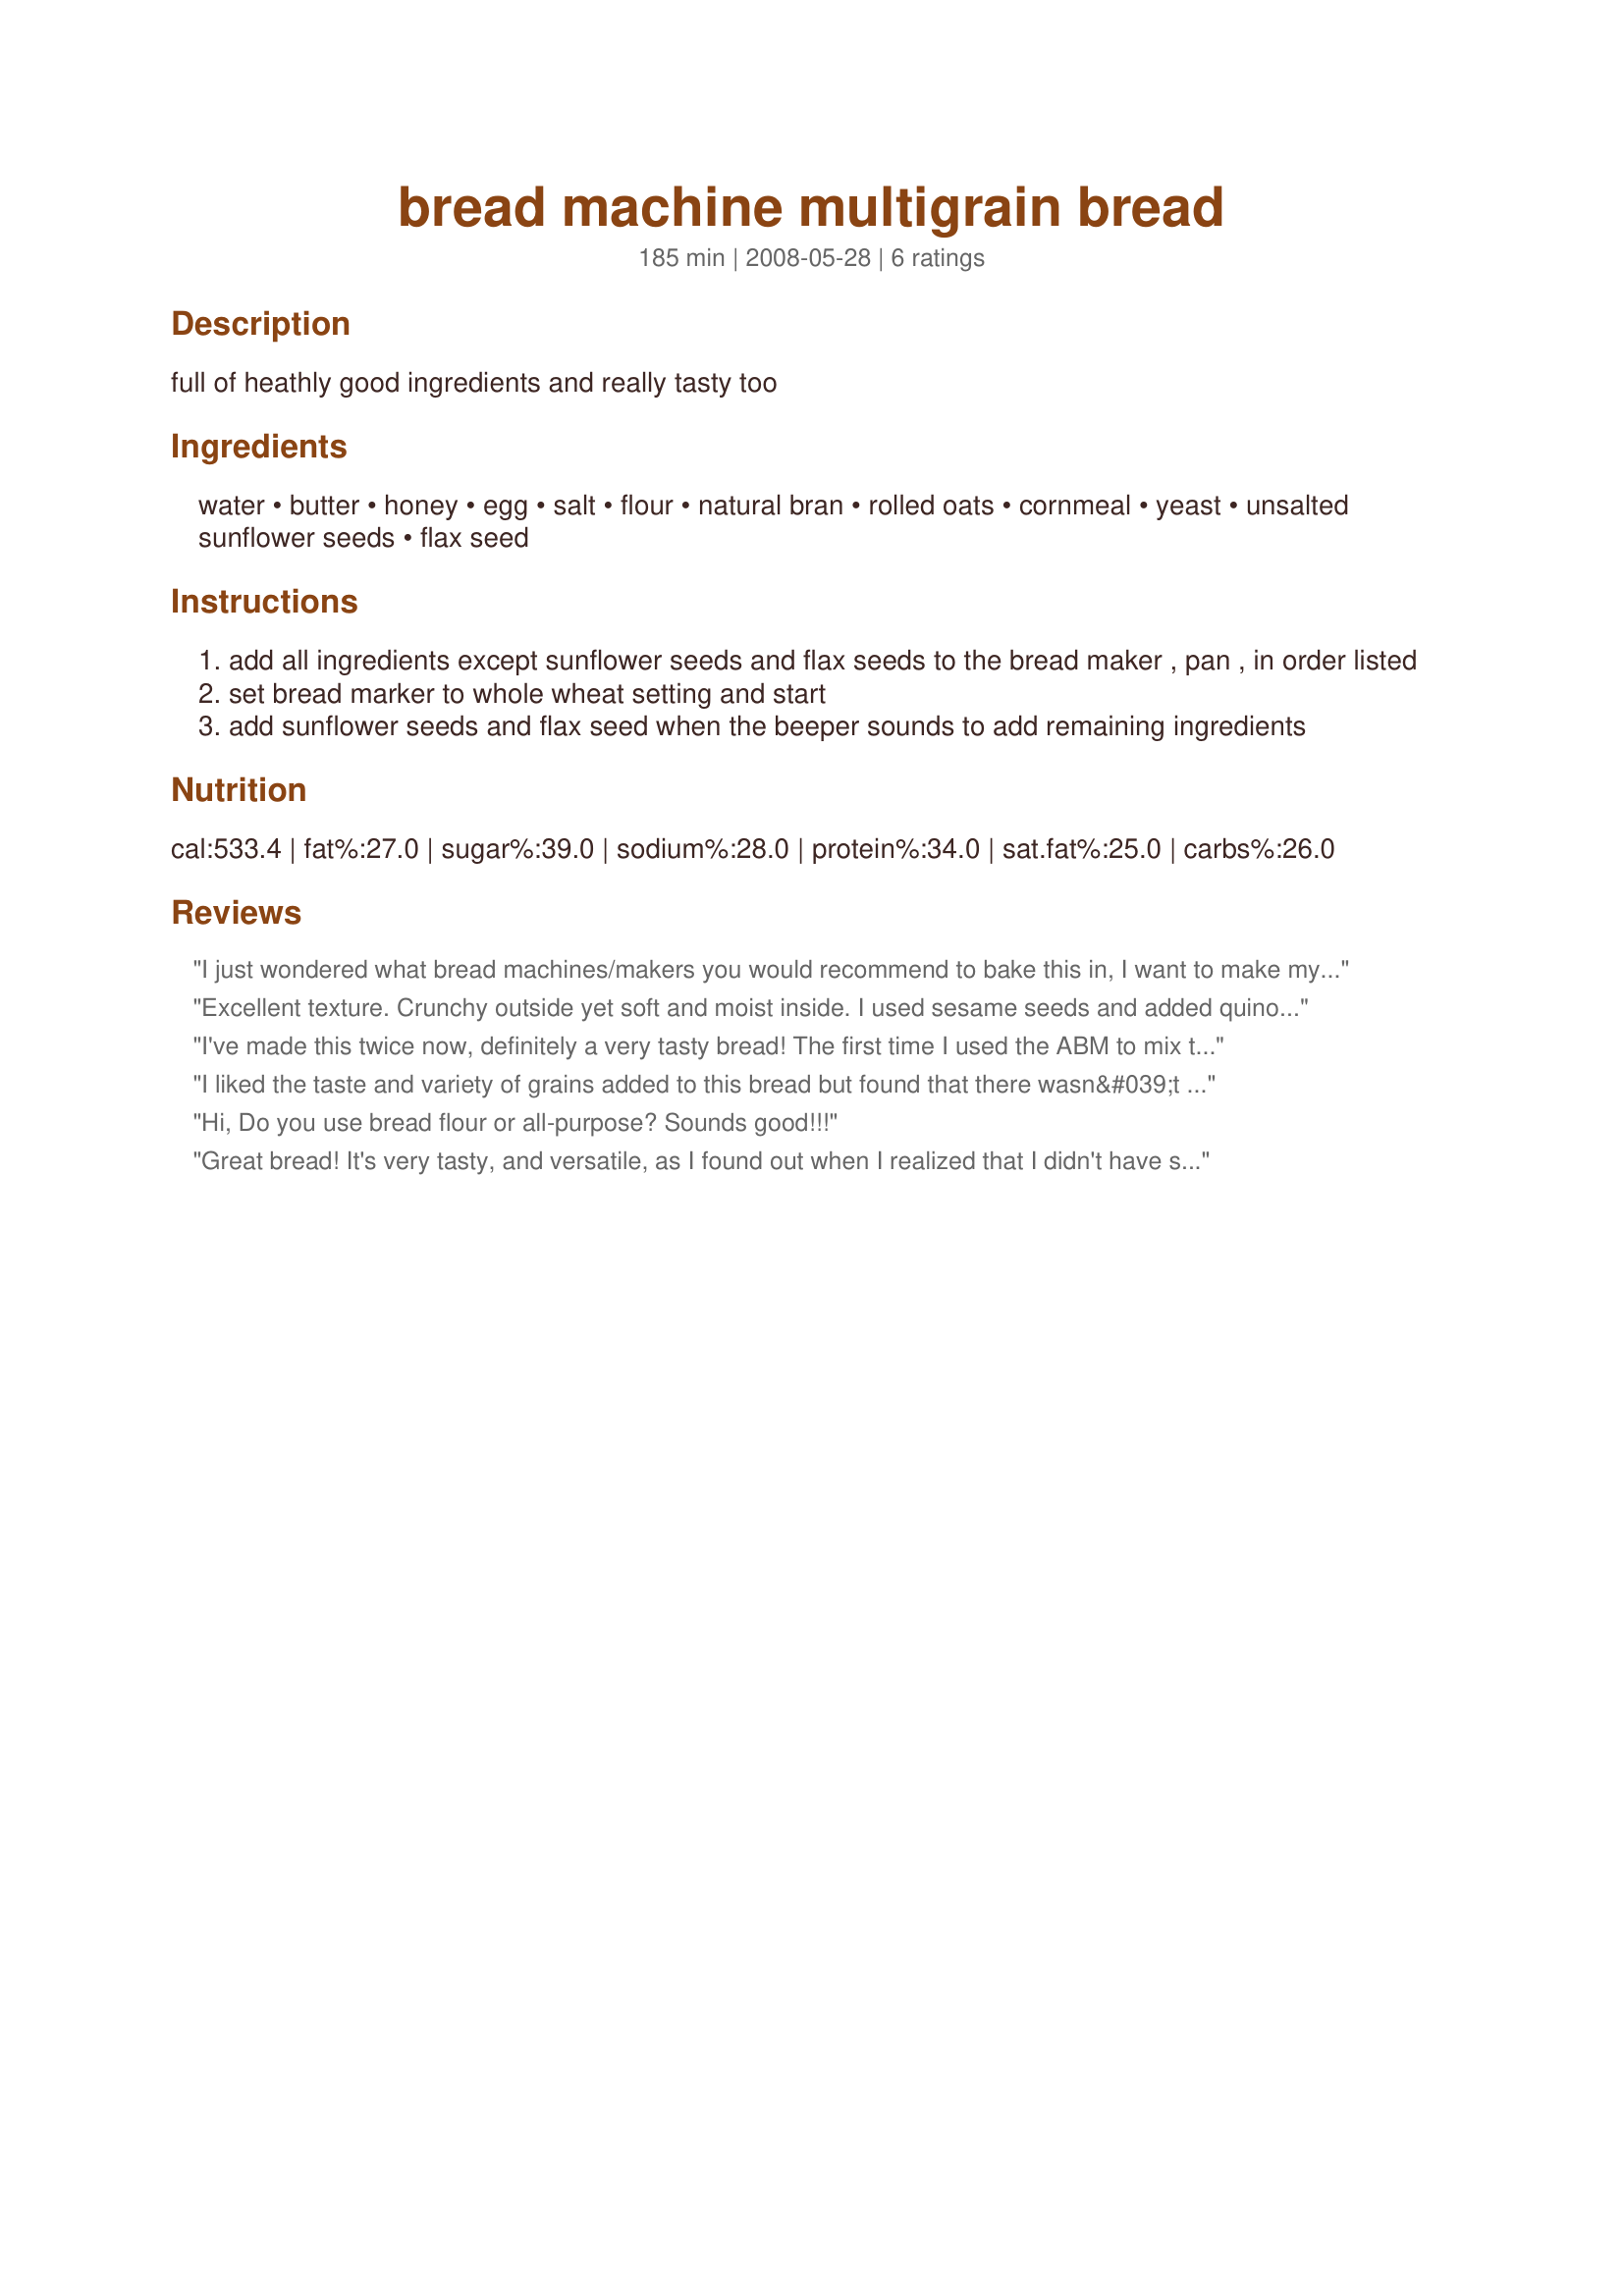
bread machine multigrain bread
Preparation time: 185 minutes

full of heathly good ingredients and really tasty too

Ingredients:
water, butter, honey, egg, salt, flour, natural bran, rolled oats, cornmeal, yeast, unsalted sunflower seeds, flax seed

Steps:
add all ingredients except sunflower seeds and flax seeds to the bread maker , pan , in order listed
set bread marker to whole wheat setting and start
add sunflower seeds and flax seed when the beeper sounds to add remaining ingredients

Reviews:
I just wondered what bread machines/makers you would recommend to bake this in, I want to make my own but my oven is very temperamental? Any uk machines I'd love to hear about for wholemeal/multi grain loves
Excellent texture. Crunchy outside yet soft and moist inside. I used sesame seeds and added quinoa, great taste! (All in BM)
I've made this twice now, definitely a very tasty bread! The first time I used the ABM to mix the dough, and then baked it in a loaf pan, the second time I made it completely in the ABM. I had sunflower seeds but no flax seeds, so subbed some linseed and white sesame seeds.

A good loaf, wonderful with salad fillings!

Made for PAC Spring 2009
I liked the taste and variety of grains added to this bread but found that there wasn&#039;t enough flour in the mix. I made as directed but during baking the centre fell in. I should have used my instinct and added more flour. I am making this again today and have added an additional 1/3 cup of flour and 2 Tbsp of instant milk powder. So we will see if I get the results I am after.
Hi, Do you use bread flour or all-purpose? Sounds good!!!
Great bread! It's very tasty, and versatile, as I found out when I realized that I didn't have sunflower seeds!

In the photo on the left, I made the recipe as is, using white flour (ok, half white, half nutriblend, which looks and tastes like white and can be used in place of white, but has more nutritional value and fibre.) In the photo on the right, I used half nutriblend and half whole wheat, substituing 1/8 cup white sesame seeds and 1/8 cup black sesame seeds in place of the sunflower seeds. The one on the right didn't rise as much, likely due to the heavier wheat flour.

I will most definately add this to my rotation of favourite grain breads! Yummmm!

Made for Spring '09 PAC.
